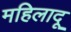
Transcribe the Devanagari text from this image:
महिलादू